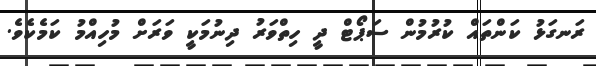
ރަނގަޅު ކަންތައް ކުރުމުން ސަޕޯޓް ދީ ހިތްވަރު ދިނުމަކީ ވަރަށް މުހިއްމު ކަމެކެވެ.